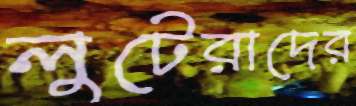
লুটেরাদের